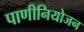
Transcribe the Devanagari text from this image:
पाणीनियोजन